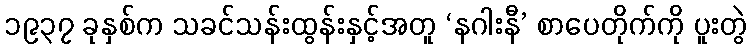
၁၉၃၇ ခုနှစ်က သခင်သန်းထွန်းနှင့်အတူ ‘နဂါးနီ’ စာပေတိုက်ကို ပူးတွဲ